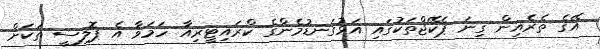
އޭގެ ތެރެއިން ގިނަ ޕެކޭޖްތަކުގައި އަޅުގަނޑުމެންގެ ކްރައިޓީރިއާ ހަމަވާ އެ ޕޮލިސީ ތަކަށް